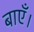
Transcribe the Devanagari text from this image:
बाएँ।